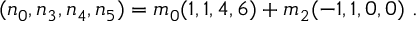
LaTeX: ( n _ { 0 } , n _ { 3 } , n _ { 4 } , n _ { 5 } ) = m _ { 0 } ( 1 , 1 , 4 , 6 ) + m _ { 2 } ( - 1 , 1 , 0 , 0 ) \ .